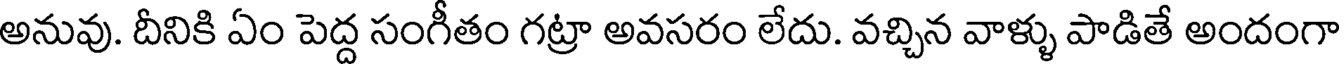
అనువు. దీనికి ఏం పెద్ద సంగీతం గట్రా అవసరం లేదు. వచ్చిన వాళ్ళు పాడితే అందంగా